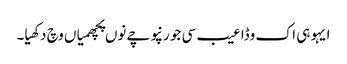
ایہو ہی اک وڈا عیب سی جو رنپوچے نوں پچھمیاں وچ دکھیا۔